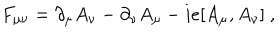
F _ { \mu \nu } = \partial _ { \mu } A _ { \nu } - \partial _ { \nu } A _ { \mu } - i e [ A _ { \mu } , A _ { \nu } ] \ ,